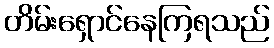
တိမ်းရှောင်နေကြရသည်